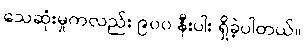
သေဆုံးမှုကလည်း ၉၀၀ နီးပါး ရှိခဲ့ပါတယ်။